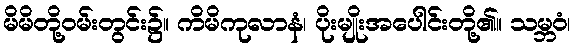
မိမိတို့ဝမ်းတွင်း၌။ ကိမိကုလာနံ၊ ပိုးမျိုးအပေါင်းတို့၏။ သမ္ဘဝံ၊